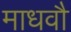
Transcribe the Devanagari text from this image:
माधवौ